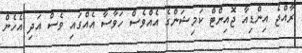
ރާއްޖެ އިންޑިއާ ޖޮއިންޓް ކަމިޝަންގެ އެއްވެސް ހަވާސާ އެއްގައި ވެސް އަދި އެހެން